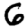
Digit: 6